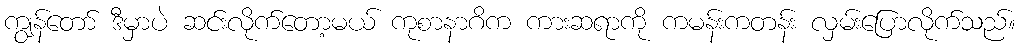
ကျွန်တော် ဒီမှာပဲ ဆင်းလိုက်တော့မယ် ကုစာနာဂိက ကားဆရာကို ကမန်းကတန်း လှမ်းပြောလိုက်သည်။